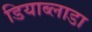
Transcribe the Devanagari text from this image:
डियाब्लाडा